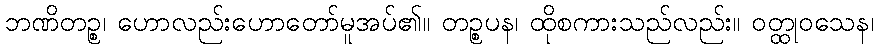
ဘဏိတဉ္စ၊ ဟောလည်းဟောတော်မူအပ်၏။ တဉ္စပန၊ ထိုစကားသည်လည်း။ ဝတ္ထုဝသေန၊